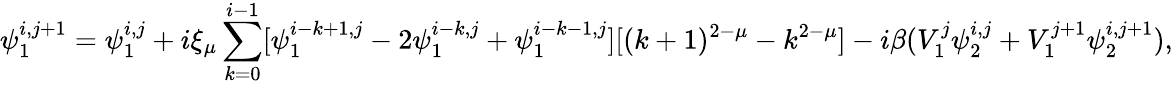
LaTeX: \psi_{1}^{i,j+1}=\psi_{1}^{i,j}+i\xi_{\mu}\sum_{k=0}^{i-1}[\psi_{1}^{i-k+1,j}-2\psi_{1}^{i-k,j}+\psi_{1}^{i-k-1,j}][(k+1)^{2-\mu}-k^{2-\mu}]-i\beta(V_{1}^{j}\psi_{2}^{i,j}+V_{1}^{j+1}\psi_{2}^{i,j+1}),